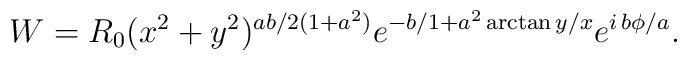
W = R_0 (x^2 + y^2)^{ab/2(1+a^2)} e^{-b/1+a^2 \arctan y/x} e^{i\,b \phi/a}.